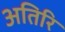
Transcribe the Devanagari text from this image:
अतिरि